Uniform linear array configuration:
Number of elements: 32
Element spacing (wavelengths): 1
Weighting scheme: uniform
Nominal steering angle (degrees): -45
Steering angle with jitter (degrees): -43.55
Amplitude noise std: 0.05
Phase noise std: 0.05

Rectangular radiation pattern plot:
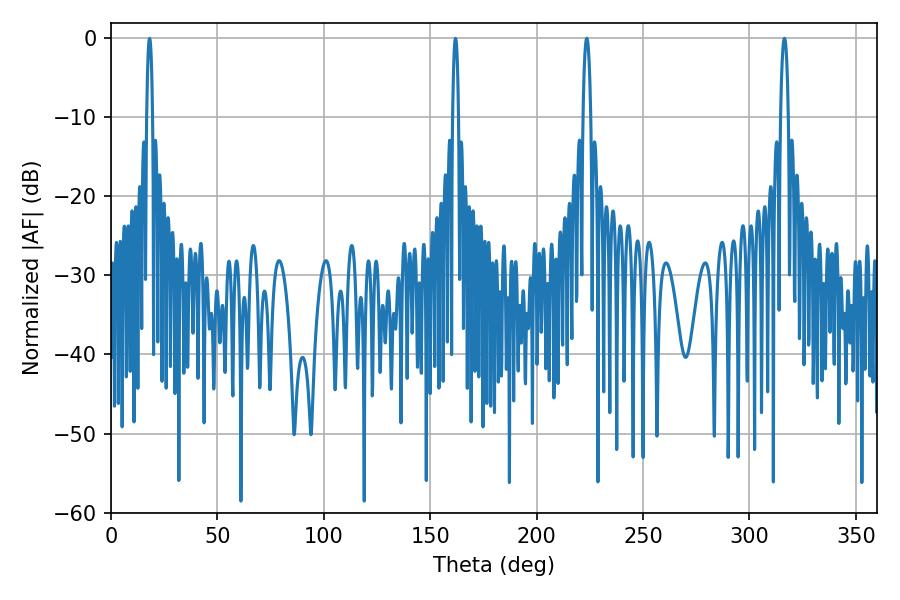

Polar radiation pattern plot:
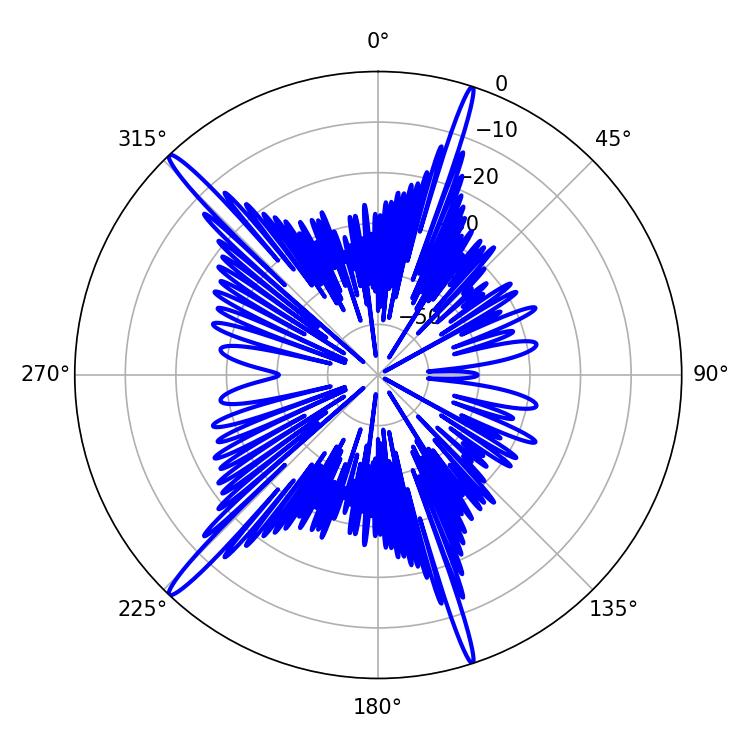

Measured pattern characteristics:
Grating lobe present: TRUE
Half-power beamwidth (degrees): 2.16
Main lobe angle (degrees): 223.56